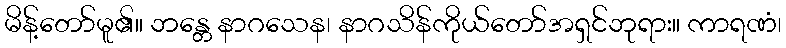
မိန့်တော်မူ၏။ ဘန္တေ နာဂသေန၊ နာဂသိန်ကိုယ်တော်အရှင်ဘုရား။ ကာရဏံ၊